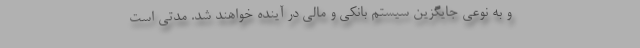
و به نوعي جايگزين سيستم بانكي و مالي در آينده خواهند شد. مدتي است